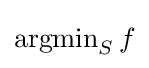
\operatorname {argmin} _{S}f